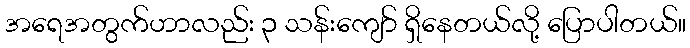
အရေအတွက်ဟာလည်း ၃ သန်းကျော် ရှိနေတယ်လို့ ပြောပါတယ်။